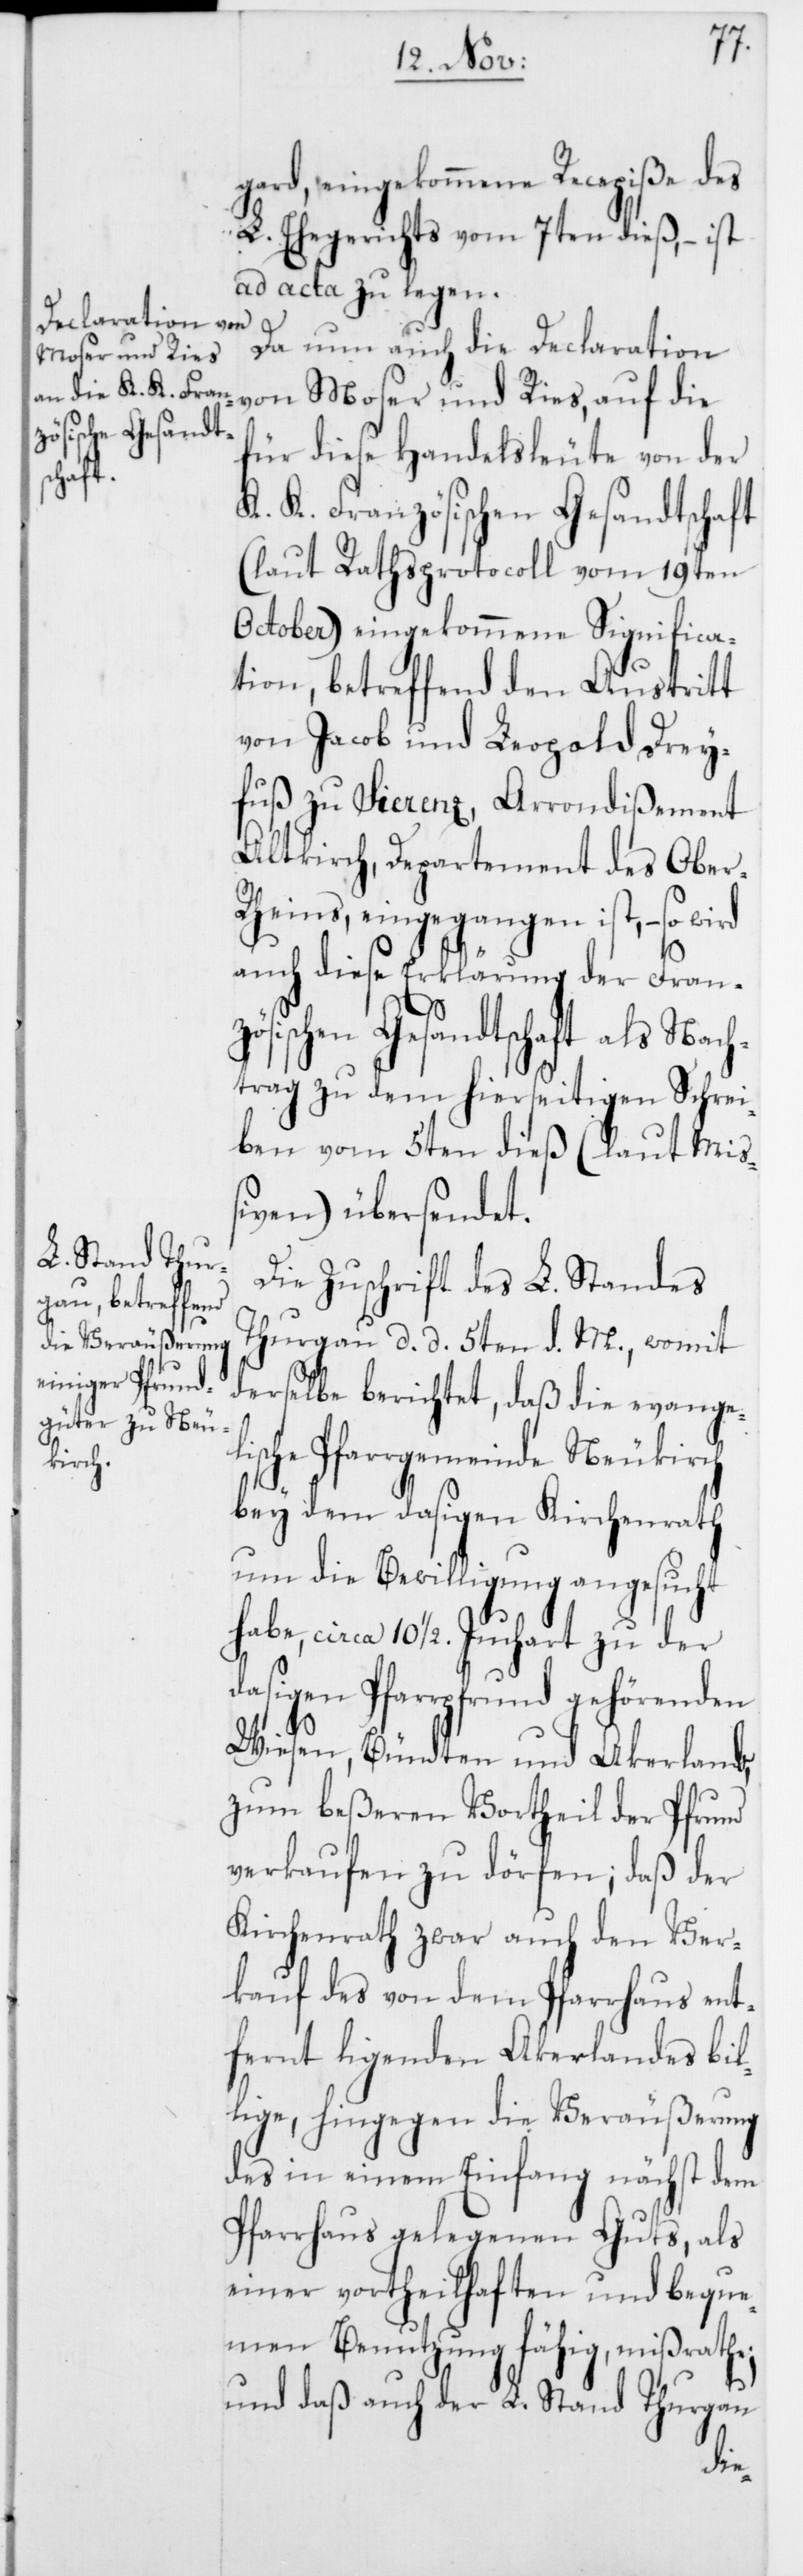
gard, eingekommene Recepiße des
L. Ehegerichts vom 7ten dieß, – ist
ad acta zu legen.
Da nun auch die Declaration
von Moser und Ries, auf die
für diese Handelsleute von der
K. K. Französischen Gesandtschaft
(laut Rathsprotocoll vom 19ten
October) eingekommene Significa¬
tion, betreffend den Austritt
von Jacob und Leopold Drey¬
fuß zu Sierenz, Arrondißement
Altkirch, Departement des Ober-R¬
heins, eingegangen ist, – so wird
auch diese Erklärung der Fran¬
zösischen Gesandtschaft als Nach¬
trag zu dem hierseitigen Schrei¬
ben vom 5ten dieß (laut Mi¬
ßiven) übersendet.
Die Zuschrift des L. Standes
Thurgau d. d. 5ten d. M., womit
derselbe berichtet, daß die evange¬
lische Pfarrgemeinde Neukirch
bey dem dasigen Kirchenrath
um die Bewilligung angesucht
habe, circa 10 1/2. Juchart zu der
dasigen Pfarrpfrund gehördenden
Wiesen, Bündten und Akerland,
zum beßeren Vortheil der Pfrund
verkaufen zu dörfen; daß der
Kirchenrath zwar auch den Ver¬
kauf des von dem Pfarrhaus ent¬
fernt ligenden Akerlandes bil¬
lige, hingegen die Veräußerung
des in einem Einfang nächst dem
Pfarrhaus gelegenen Guts, als
einer vortheilhaften und beque¬
men Benutzung fähig, mißrathe;
und daß auch der L. Stand Thurgau